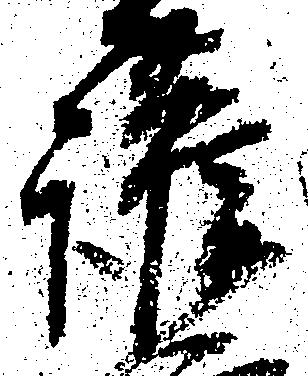
護